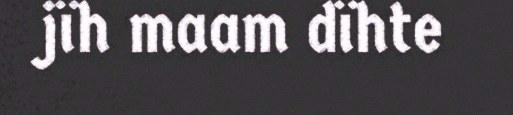
jïh maam dïhte